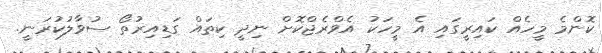
ކޮންމެ މީހެއް ކައިރީގައި އެ މީހަކު އެވްރެޖްކޮށް ނިދީ ކިތައް ގަޑިއިރުތޯ ސުވާލުކުރަނީ.